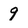
Character: 9